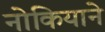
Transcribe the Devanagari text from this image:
नोकियाने